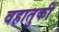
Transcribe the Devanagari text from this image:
वहातुकी